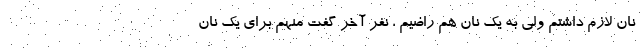
نان لازم داشتم ولی به یک نان هم راضیم ، نفر آخر گفت منهم برای یک نان